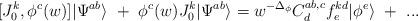
LaTeX: \begin{align*}[J^k_0,\phi^c(w)]|\Psi^{ab}\rangle~+~\phi^c(w)J^k_0|\Psi^{ab}\rangle=w^{-\Delta_\phi}C^{ab,c}_df^{kd}_e|\phi^e\rangle~+~...\end{align*}